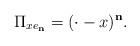
LaTeX: \begin{align*}\Pi_{x e_\mathbf{n}} = (\cdot - x)^\mathbf{n}.\end{align*}